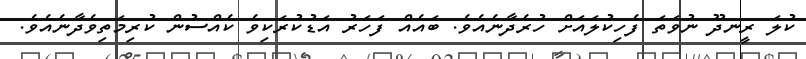
ކުލަ ރީނދޫ ނުވަތަ ފެހިކުލައަށް ހުރެދާނެއެވެ. ބައެއް ފަހަރު އަޑުކުރަކިވެ ކެއްސުން ކުރިމަތިވެދާނެއެވެ.